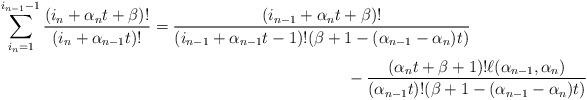
LaTeX: \begin{align*}\sum_{i_n=1}^{i_{n-1}-1}\frac{(i_n + \alpha_nt + \beta)!}{(i_n + \alpha_{n-1}t)!} &= \frac{(i_{n-1} + \alpha_nt + \beta)!}{(i_{n-1} + \alpha_{n-1}t - 1)!(\beta + 1 - (\alpha_{n-1} - \alpha_n)t)} \\ &\qquad\qquad\qquad\qquad\qquad\qquad- \frac{(\alpha_nt + \beta + 1)!\ell(\alpha_{n-1}, \alpha_n)}{(\alpha_{n-1}t)!(\beta + 1 - (\alpha_{n-1} - \alpha_n)t)}\end{align*}